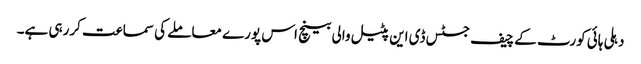
دہلی ہائی کورٹ کے چیف جسٹس ڈی این پٹیل والی بینچ اس پورے معاملے کی سماعت کررہی ہے۔